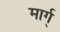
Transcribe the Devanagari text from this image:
मार्ग्